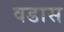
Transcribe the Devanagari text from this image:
वडास